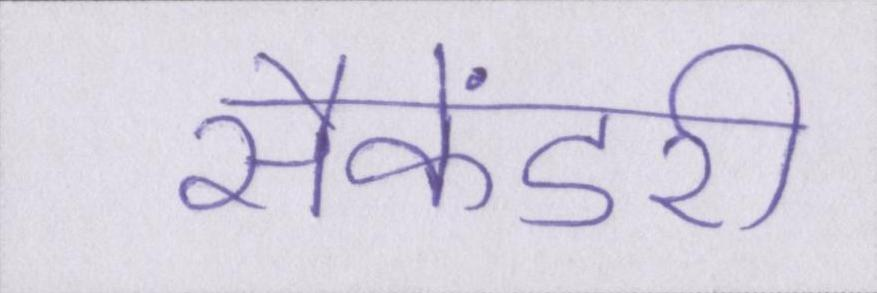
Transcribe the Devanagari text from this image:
सैकेंडरी